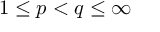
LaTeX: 1 \leq p < q \leq \infty